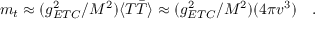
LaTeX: m _ { t } \approx ( g _ { E T C } ^ { 2 } / M ^ { 2 } ) \langle T \bar { T } \rangle \approx ( g _ { E T C } ^ { 2 } / M ^ { 2 } ) ( 4 \pi v ^ { 3 } ) \ \ \ .